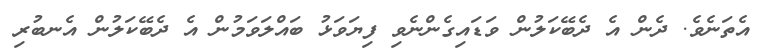
އެތަނެވެ. ދެން އެ ދެބޭކަލުން ވަޑައިގެންނެވި ފިޔަވަޅު ބައްލަވަމުން އެ ދެބޭކަލުން އެނބުރި